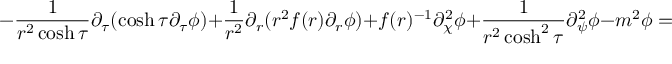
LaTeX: - \frac { 1 } { r ^ { 2 } \cosh \tau } \partial _ { \tau } ( \cosh \tau \partial _ { \tau } \phi ) + \frac { 1 } { r ^ { 2 } } \partial _ { r } ( r ^ { 2 } f ( r ) \partial _ { r } \phi ) + f ( r ) ^ { - 1 } \partial _ { \chi } ^ { 2 } \phi + \frac { 1 } { r ^ { 2 } \cosh ^ { 2 } \tau } \partial _ { \psi } ^ { 2 } \phi - m ^ { 2 } \phi = 0 .